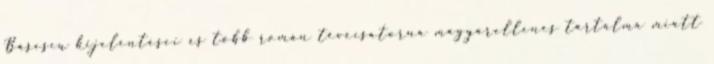
Băsescu kijelentései és több román tévécsatorna magyarellenes tartalma miatt